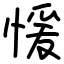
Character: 愋